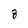
Character: 8